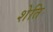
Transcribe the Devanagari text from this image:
शेति